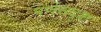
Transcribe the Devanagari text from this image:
पर्णसदृश